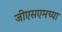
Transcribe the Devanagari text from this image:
जीएसएमच्या